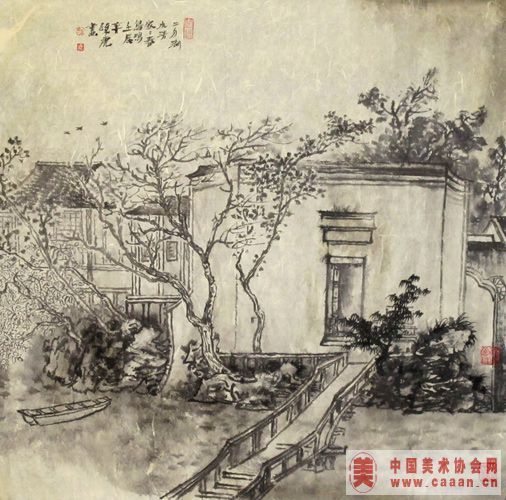
二月湖水清，家家春鸟鸣。